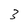
Character: 3